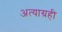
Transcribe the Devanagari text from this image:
अत्याग्रही